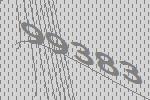
99383